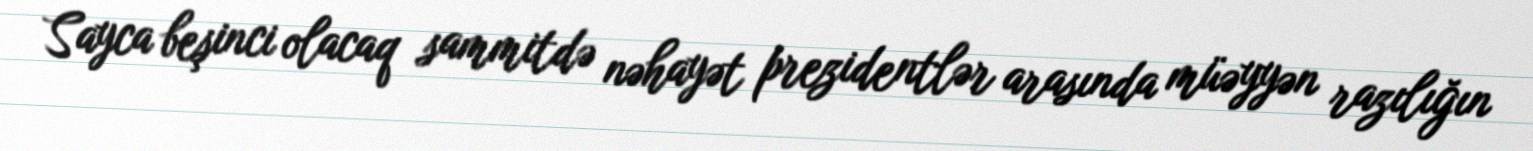
Sayca beşinci olacaq sammitdə nəhayət prezidentlər arasında müəyyən razılığın